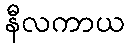
နီလကာယ